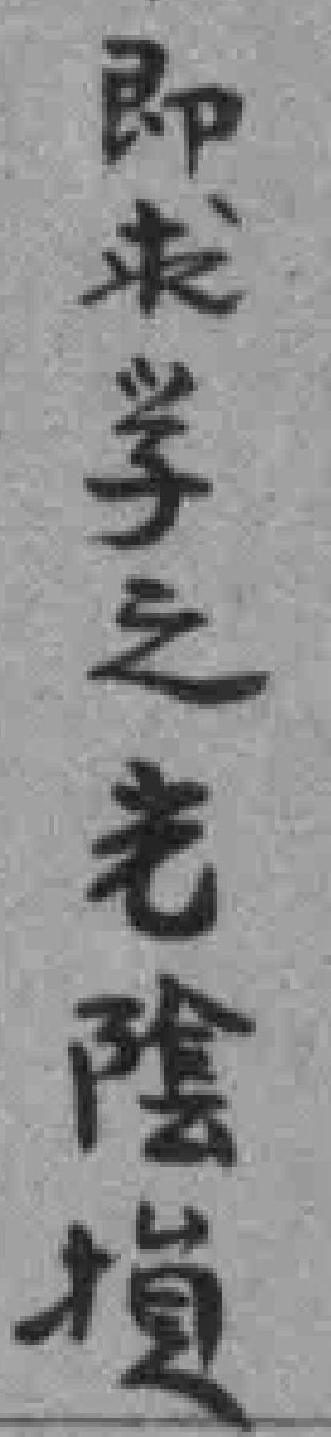
即求学之光陰損